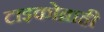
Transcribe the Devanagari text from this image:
टाइकोब्राही